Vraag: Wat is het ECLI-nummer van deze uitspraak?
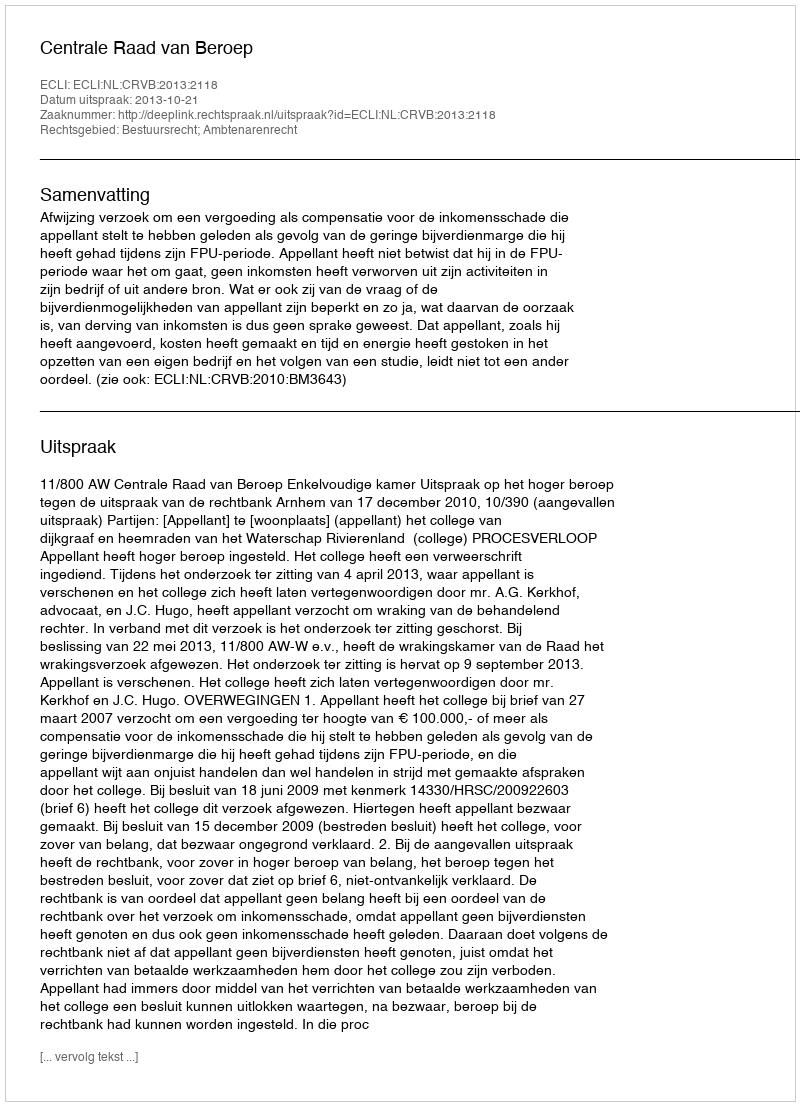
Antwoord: ECLI:NL:CRVB:2013:2118